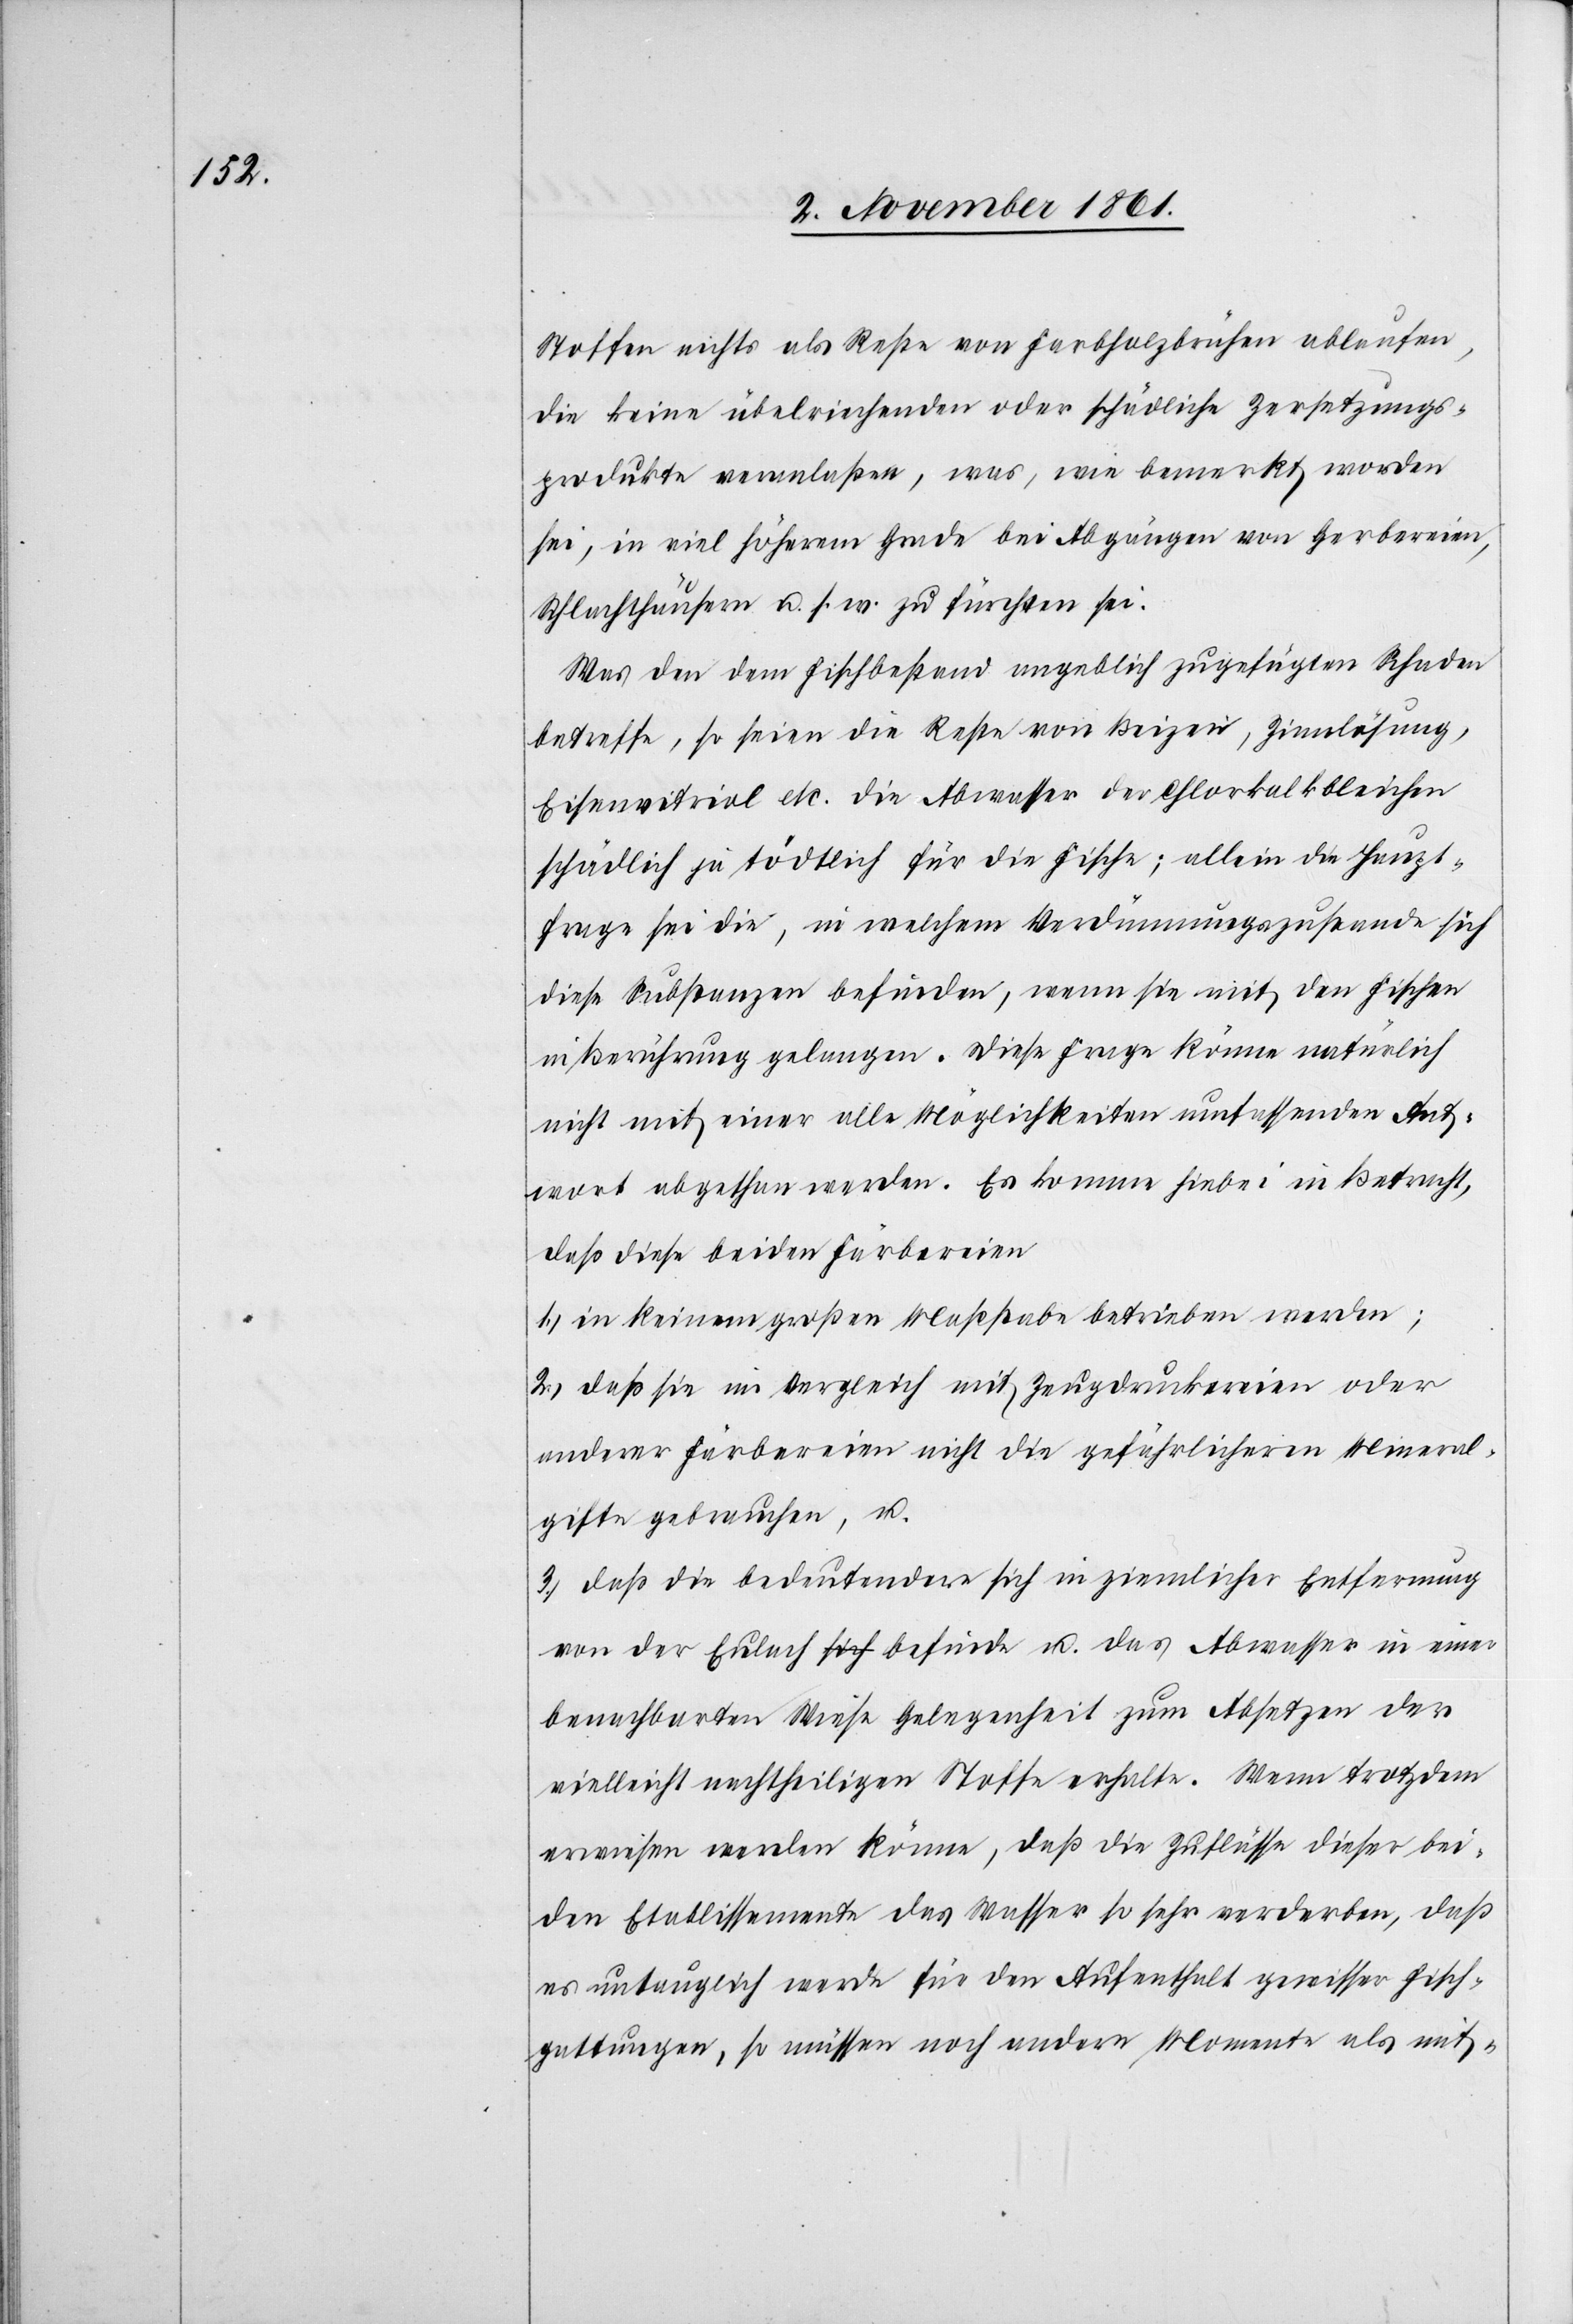
Stoffen nichts als Reste von Farbsalzbrühen ablaufen,
die keine übelriechenden oder schädliche Zersetzungs¬
produkte veranlaßen, was, wie bemerkt worden
sei, in viel höherem Grade bei Abgängen von Gerbereien,
Schlachthäusern u. s. w. zu fürchten sei.
Was den dem Fischbestand angeblich zugeführten Schaden
betreffe, so seien die Reste von Beizen, Zinnlösung,
Eisenvitriol etc. die Abwasser der Chlorkalkbleichen
schädlich ja tödtlich für die Fische; allein die Haupt¬
frage sei die, in welchem Verdünnungszustande sich
diese Substanzen befinden, wenn sie mit den Fischen
in Berührung gelangen. Diese Frage könne natürlich
nicht mit einer alle Möglichkeiten umfassenden Ant¬
wort abgethan werden. Es komme hiebei in Betracht,
daß diese beiden Färbereien
1.) in keinem großen Maßstabe betrieben werden;
2.) daß sie im Vergleich mit Zeugdruckereien oder
anderer Färbereien nicht die gefährlicheren Mineral¬
gifte gebrauchen, u.
3.) daß die bedeutendere sich in ziemlicher Entfernung
von der Eulach befinde u. das Abwasser der
vielleicht nachtheiligen Stoffe erhalte. Wenn trotzdem
erwiesen werden könne, daß die Zuflüsse dieser bei¬
den Etablissemente das Wasser so sehr verderben, daß
es untauglich werde für den Aufenthalt gewisser Fisch¬
gattungen, so müssen noch andere Momente als mit-